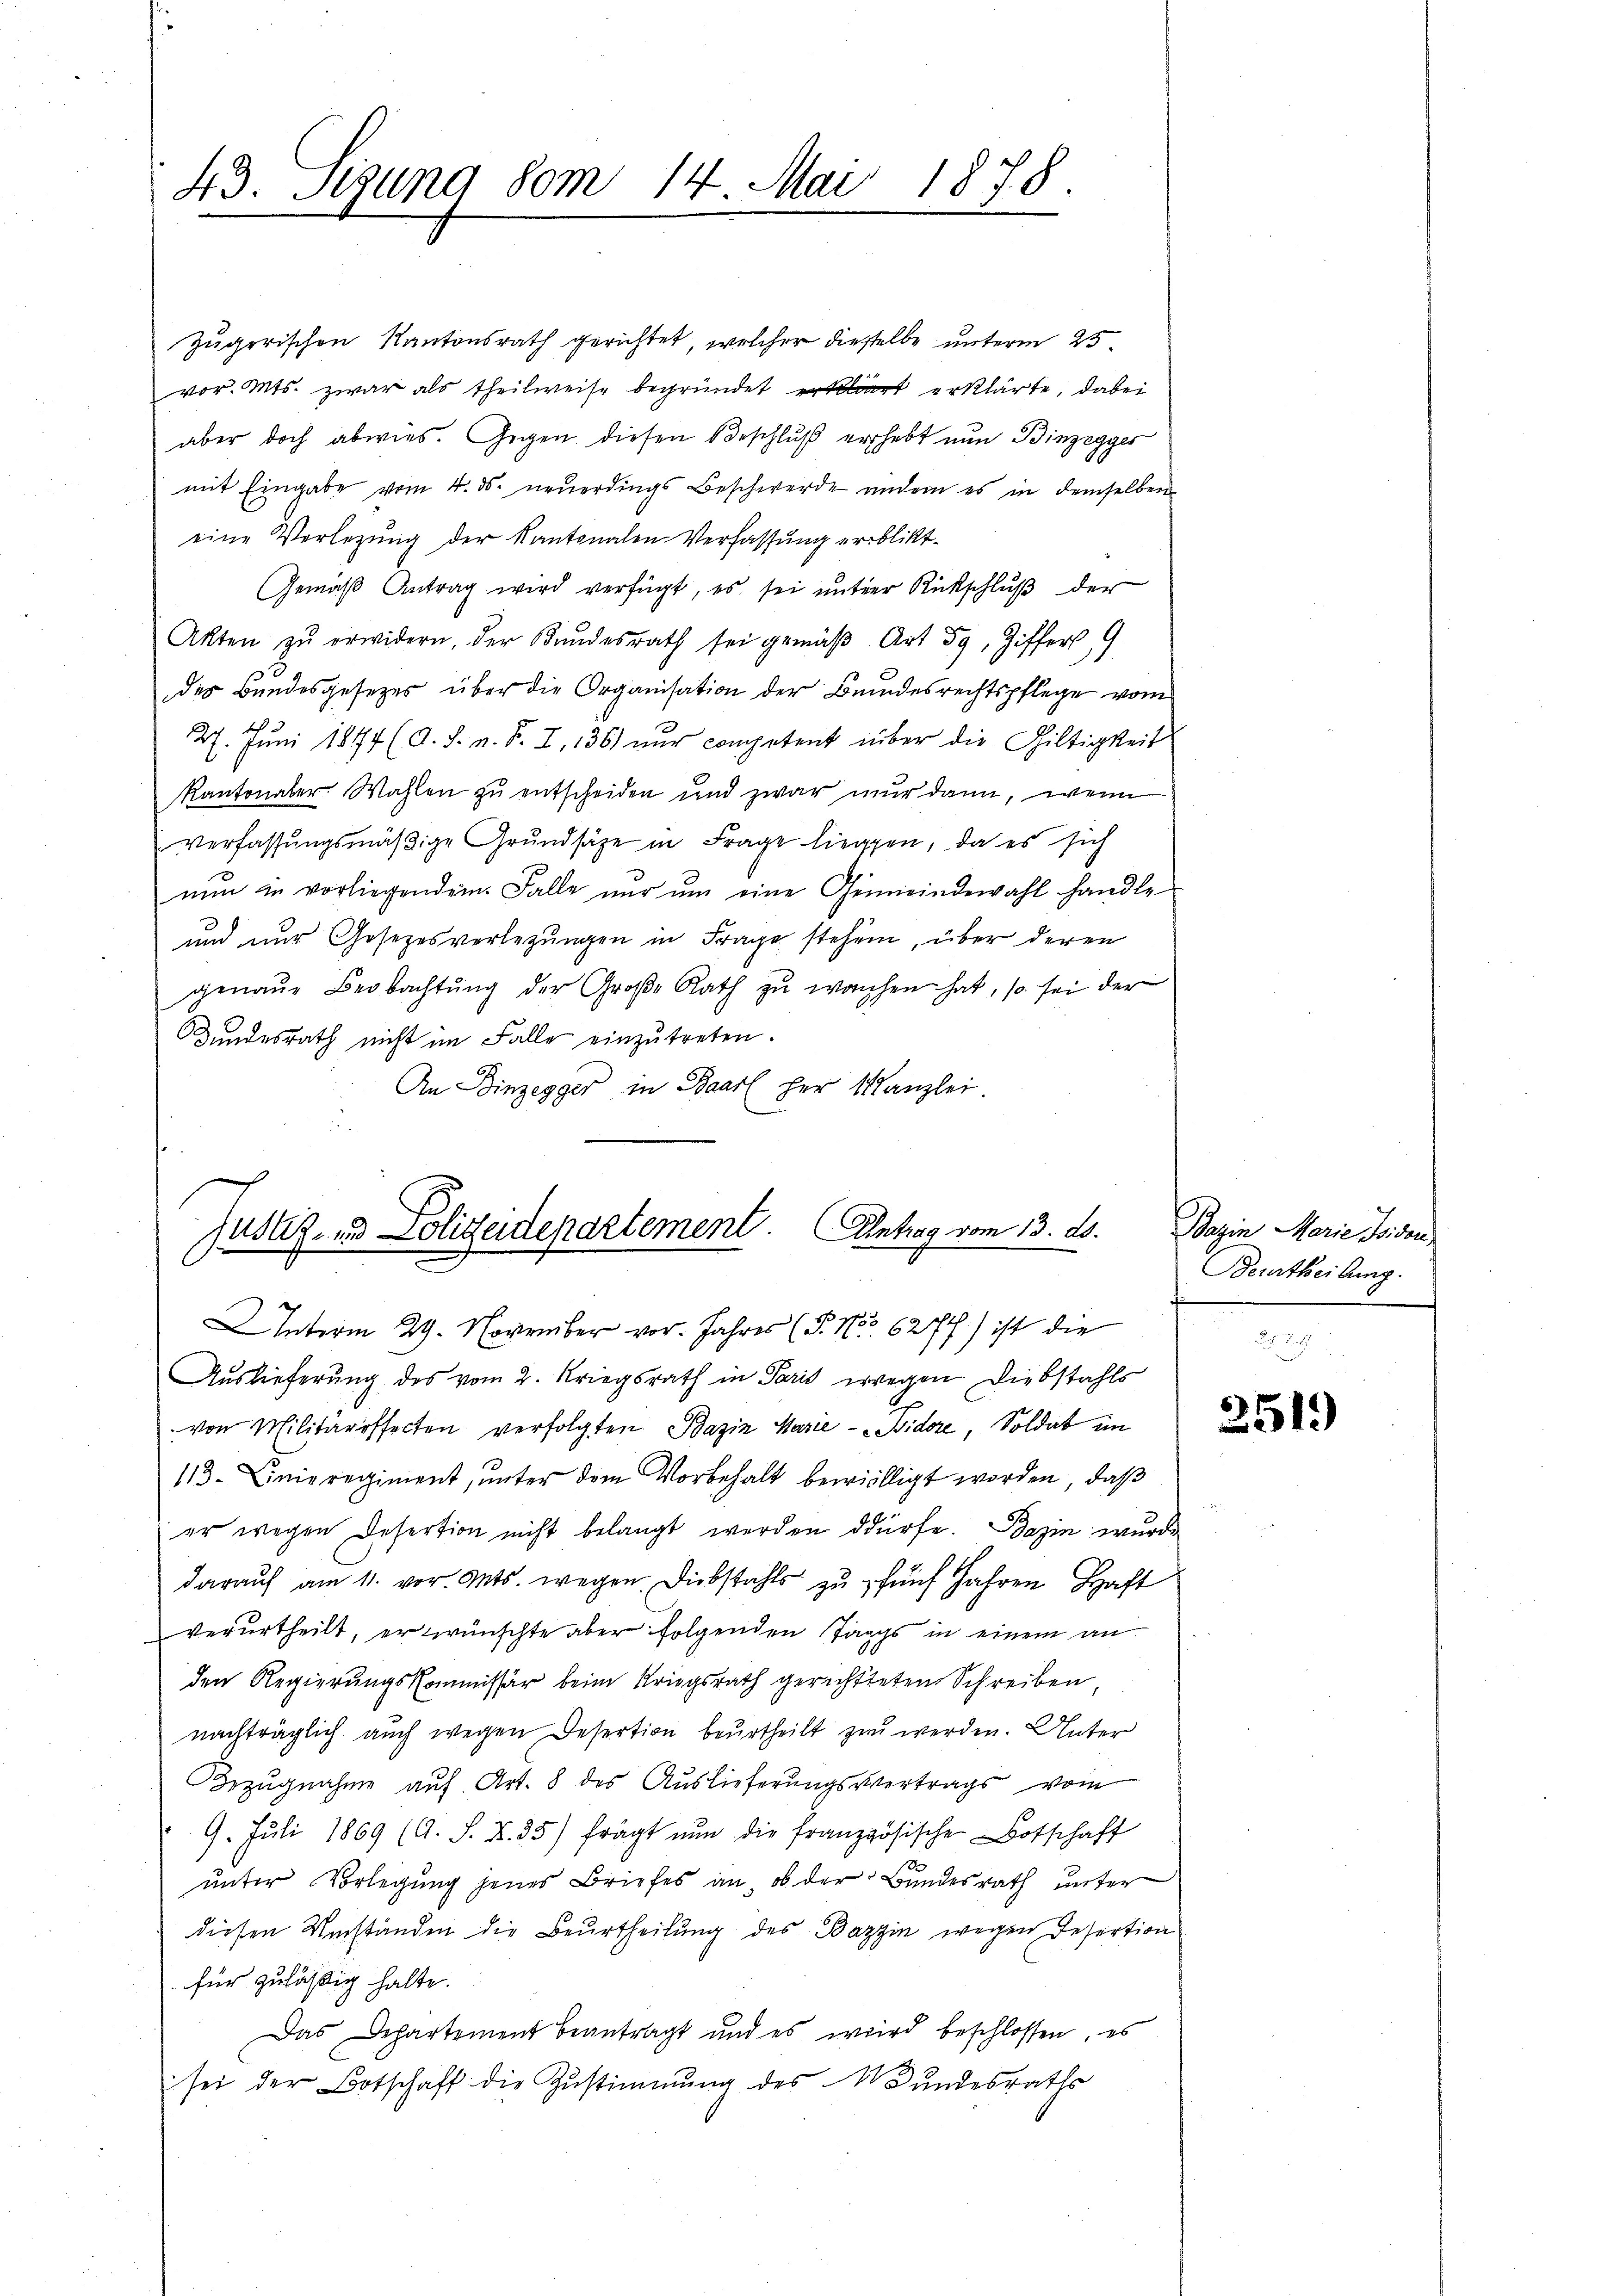
43. Segung vom 14 Mai 1878.
2

Zugerischen Kantonsrath gerichtet, welcher dieselbe unterm 25.
vor. Mts. zwar als theilweise begründet erklärt erklärte, dabei
aber doch abwies. Gegen diesen Beschlŭβ erhebt nun Binzegges
mit Eingabe vom 4. ds. neŭerdings Beschwerde andern es in demselben
eine Verlegung der Kantonalen Verfassung erblickt.
Gemäβ Antrag wird verfügt, es sei ŭnter Rückschlŭβ der
Akten zŭ erwidern, der Kundesrath sei gemäβ Art 59, Ziffer 9
des Bundesgesetzes über die Organisation der Bundesrechtspflege vom
f
27. Juni 1814 (d. J. n. F. I, 136) nur competent über die Giltigkeit
Kantonaler Wahlen zu entscheiden und zwar nur dann, wenn
verfassŭngsmäβige Grŭndsätze in Frage liegen, da es sich
nŭn in vorliegendem Falle nŭr ŭm eine Gemeindewahl handle
und nur Gesezesverlegungen in Frage stehen, über deren
genaue Beobachtŭng der Große Rath zŭ wachen hat, so sei der
Bundesrath nicht im Falle einzutreten.
An Binzegger in Baar her Kanzlei

Justiz- & Polizeidepartement. Antrag vom 13. ds.
Interm 29. November vor. Jahres (P. Nr. 6277) ist die

Auslieferung des vom 2. Kriegsrath in Paris wegen Diebstahls
von Militäroffecten verfolgten Bazin Marie-Bidore, Soldat im
113. Linieregiment, unter dem Vorbehalt bewilligt worden, daß
er wegen Desertion nicht belangt werden dürfe. Bazin wurde
darauf am 11. vor. Mts. wegen. Diebstahls zu fünf Jahren Haft
verurtheilt, er wünschte aber folgenden Tags in einem an
den Regierungskommissär beim Kriegsrath gerichtteten Schreiben,
nachträglich auch wegen Desertion beurtheilt zu werden. Unter
Bezugnahme auf Art. 8 des Auslieferungsvertrags vom
9. Jŭli 1869 (A. S. Z. 35) frägt nun die französische Botschaft
unter Vorlegung jenes Briefes an ob der Bundesrath unter
diesen Umständen die Beurtheilung des Bazzin wegen Desertion
für zuläßig halte.
Das Departement beantragt und es wird beschlossen, es
sei der Botschaft die Zustimmung des Wundesraths

Bazin Marie Pisan
Beurtheilung.

2519)